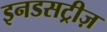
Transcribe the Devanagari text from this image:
इनडसट्रीज़